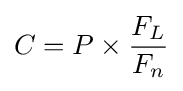
C=P\times {\frac {F_{L}}{F_{n}}}